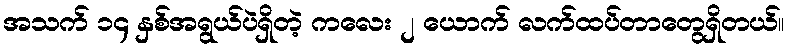
အသက် ၁၄ နှစ်အရွယ်ပဲရှိတဲ့ ကလေး ၂ ယောက် လက်ထပ်တာတွေရှိတယ်။